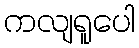
ကလျရူပေါ